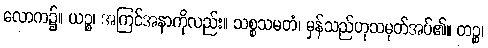
လောက၌။ ယဉ္စ၊ အကြင်အနာကိုလည်း။ သစ္စသမတံ၊ မှန်သည်ဟုသမုတ်အပ်၏။ တဉ္စ၊